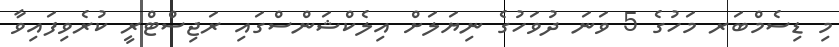
މި ޑިސެމްބަރ މަހުގެ 5 ވަނަ ދުވަހުގެ ނިޔަލަށް އިލެކްޝަންސްގައި ރަޖިސްޓްރީ ކުރެވިފައިވާ